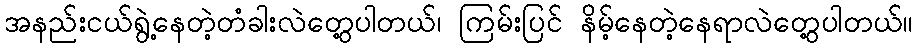
အနည်းငယ်ရွဲ့နေတဲ့တံခါးလဲတွေ့ပါတယ်၊ ကြမ်းပြင် နိမ့်နေတဲ့နေရာလဲတွေ့ပါတယ်။